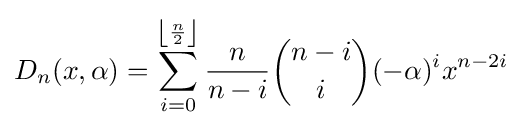
D_{n}(x,\alpha )=\sum _{i=0}^{\left\lfloor {\frac {n}{2}}\right\rfloor }{\frac {n}{n-i}}{\binom {n-i}{i}}(-\alpha )^{i}x^{n-2i}